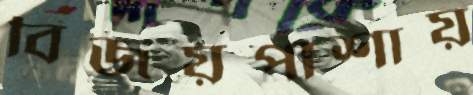
বিজয়পাশায়